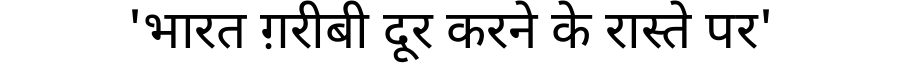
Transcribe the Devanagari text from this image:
'भारत ग़रीबी दूर करने के रास्ते पर'